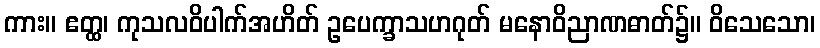
ကား။ ဧတ္ထ၊ ကုသလဝိပါက်အဟိတ် ဥပေက္ခာသဟဂုတ် မနောဝိညာဏဓာတ်၌။ ဝိသေသော၊